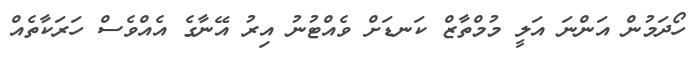
ހޯދަމުން އަންނަ އަލީ މުމްތާޒް ކަނޑަށް ވެއްޓުނު އިރު އޭނާގެ އެއްވެސް ހަރަކާތެއް